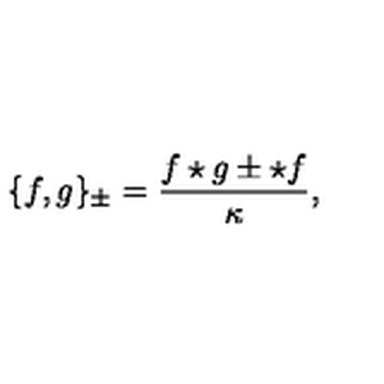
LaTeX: \{ f , g \} _ { \pm } = \frac { f \star g \pm \star f } { \kappa } ,